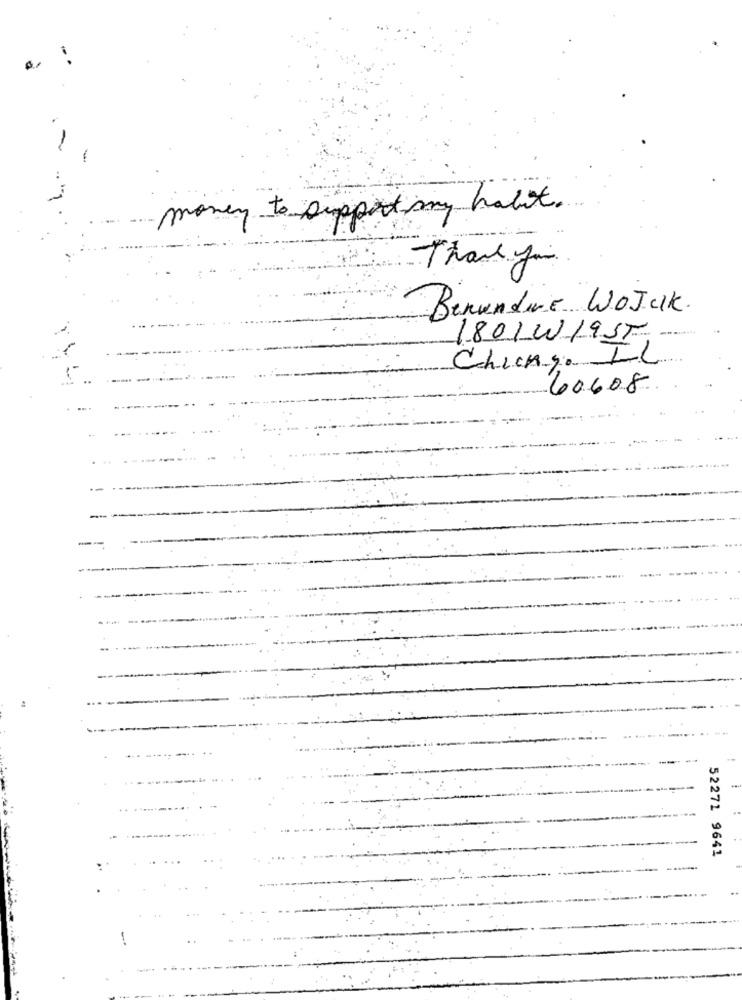
only to support ing halvt .
Thank you
Benundere WOJCIK.
1801W19ST
Chicky. LL
60608
--
52271 9641